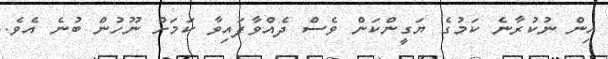
އިން ނުކުރާނެ ކަމުގެ ޔަގީންކަން ވެސް ދެއްވާފައިވާ ކަމަށް ނޫހުން ބުނެ އެވެ.